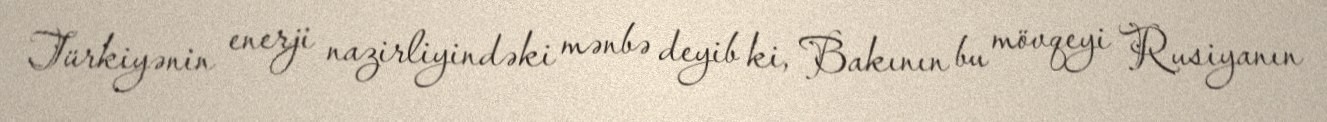
Türkiyənin enerji nazirliyindəki mənbə deyib ki, Bakının bu mövqeyi Rusiyanın